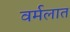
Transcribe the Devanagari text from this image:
वर्मलात